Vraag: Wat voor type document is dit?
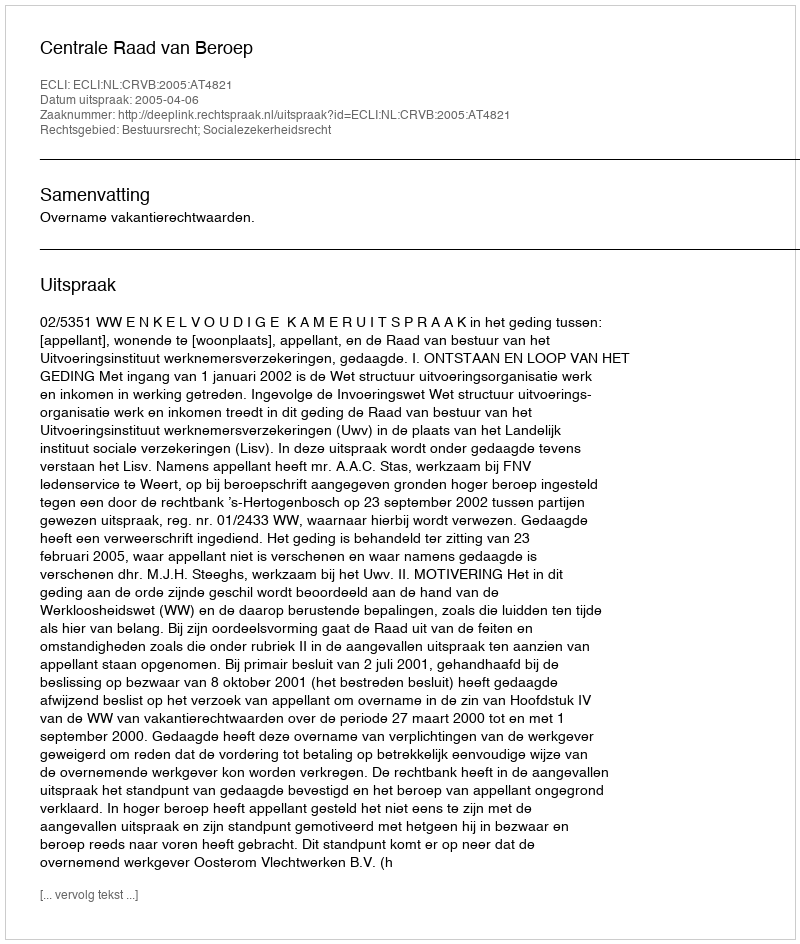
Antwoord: Uitspraak